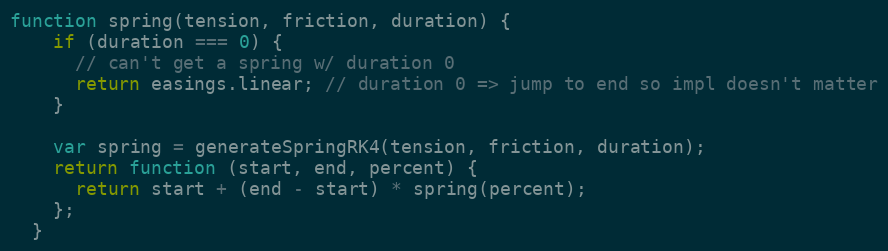
Language: JavaScript
function spring(tension, friction, duration) {
    if (duration === 0) {
      // can't get a spring w/ duration 0
      return easings.linear; // duration 0 => jump to end so impl doesn't matter
    }

    var spring = generateSpringRK4(tension, friction, duration);
    return function (start, end, percent) {
      return start + (end - start) * spring(percent);
    };
  }